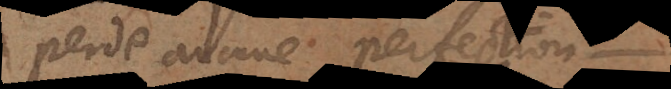
perde aucune perfection